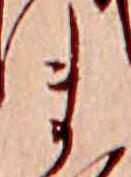
ま